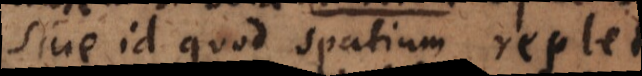
sive id quod spatium replet,